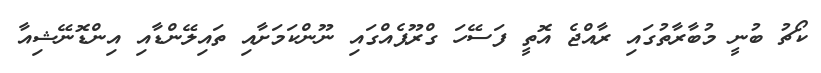
ކޯޗު ބުނީ މުބާރާތުގައި ރާއްޖެ އޮތީ ފަސޭހަ ގްރޫޕެއްގައި ނޫންކަމަށާއި ތައިލޭންޑާއި އިންޑޮނޭޝިއާ